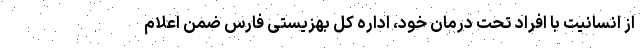
از انسانیت با افراد تحت درمان خود، اداره کل بهزیستی فارس ضمن اعلام